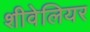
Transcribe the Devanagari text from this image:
शीवेलियर